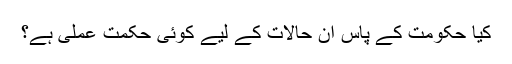
کیا حکومت کے پاس ان حالات کے لیے کوئی حکمت عملی ہے؟